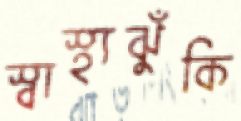
স্বাস্থ্যঝুঁকি